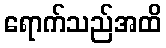
ရောက်သည်အထိ